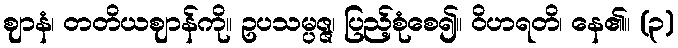
ဈာနံ၊ တတိယဈာန်ကို။ ဥပသမ္ပဇ္ဇ၊ ပြည့်စုံစေ၍။ ဝိဟရတိ၊ နေ၏။ (၃)